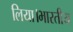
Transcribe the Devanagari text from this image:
लिया।भारतीय